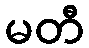
မတီ